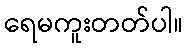
ရေမကူးတတ်ပါ။